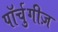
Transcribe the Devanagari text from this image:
पॉर्चुगीज़